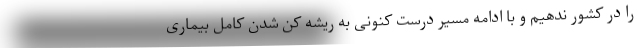
را در کشور ندهیم و با ادامه مسیر درست کنونی به ریشه کن شدن کامل بیماری